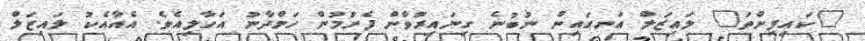
"ކައިފިންތަ" ލައިޒަލް އަނގައިން ނުބުނެ ގިނައިރުވާން ފެށުމުން ހަމްދާނު އަހާލިއެވެ. އެއާއެކު ލައިޒަލް